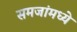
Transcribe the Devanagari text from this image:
समजांमध्ये